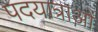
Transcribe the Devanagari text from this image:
पदयात्राओं